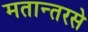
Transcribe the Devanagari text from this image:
मतान्तरसे